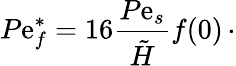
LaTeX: P\mathrm{e}_{f}^{\ast}=16\frac{{P\mathrm{e}_{s}}}{{\tilde{{H}}}}f(0)\, \cdot